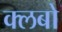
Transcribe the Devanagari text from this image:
क्लबो